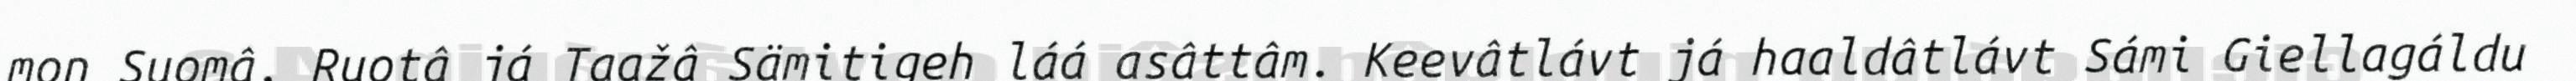
mon Suomâ, Ruotâ já Taažâ Sämitigeh láá asâttâm. Keevâtlávt já haaldâtlávt Sámi Giellagáldu